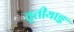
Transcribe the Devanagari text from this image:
तृतीयाङ्क